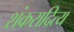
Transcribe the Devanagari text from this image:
शंकरादित्य